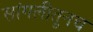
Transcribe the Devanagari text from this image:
सांगलीतूनच